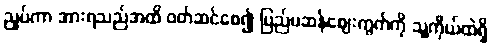
ညှပ်ကာ အားရသည်အထိ ဝတ်ဆင်စေ၍ ပြည်ပဆန်ဈေးကွက်ကို သူ့ကိုယ်ထဲရှိ